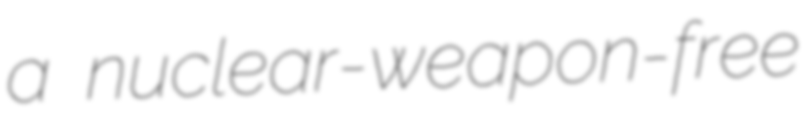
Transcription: a nuclear-weapon-free